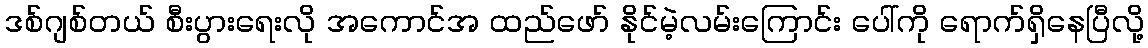
ဒစ်ဂျစ်တယ် စီးပွားရေးလို အကောင်အ ထည်ဖော် နိုင်မဲ့လမ်းကြောင်း ပေါ်ကို ရောက်ရှိနေပြီလို့